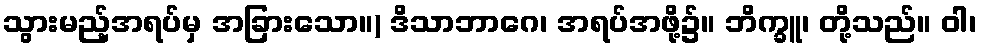
သွားမည့်အရပ်မှ အခြားသော။) ဒိသာဘာဂေ၊ အရပ်အဖို့၌။ ဘိက္ခူ၊ တို့သည်။ ဝါ၊